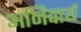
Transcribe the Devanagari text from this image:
अनिवार्थ